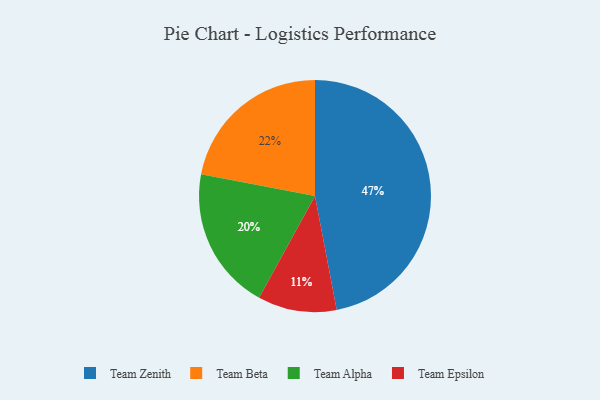
{"axis": {"x": "Category", "y": "Percentage"}, "legend": ["Team Alpha", "Team Beta", "Team Epsilon", "Team Zenith"], "data": [{"x": "Team Alpha", "y": 20, "type": "Team Alpha"}, {"x": "Team Epsilon", "y": 11, "type": "Team Epsilon"}, {"x": "Team Beta", "y": 22, "type": "Team Beta"}, {"x": "Team Zenith", "y": 47, "type": "Team Zenith"}]}